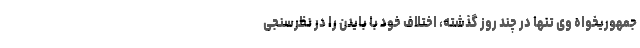
جمهوریخواه وی تنها در چند روز گذشته، اختلاف خود با بایدن را در نظرسنجی